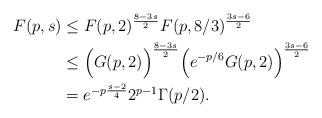
LaTeX: \begin{align*}F(p,s) &\leq F(p, 2)^{\frac{8-3s}{2}}F(p, 8/3)^{\frac{3s-6}{2}} \\&\leq \Big(G(p,2)\Big)^{\frac{8-3s}{2}}\Big(e^{-p/6}G(p,2)\Big)^{\frac{3s-6}{2}} \\&= e^{-p\frac{s-2}{4}}2^{p-1}\Gamma(p/2).\end{align*}